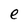
Character: e